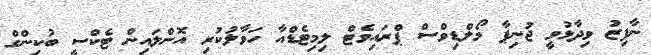
ނާފިޒު ވިދާޅުވީ ޖުނިޕާ މޯލްޑިވްސް ޕްރައިވެޓް ލިމިޓެޑްއާ ހަވާލުކުރި އޮންލައިން ޓެކްސީ ބުކިންގް